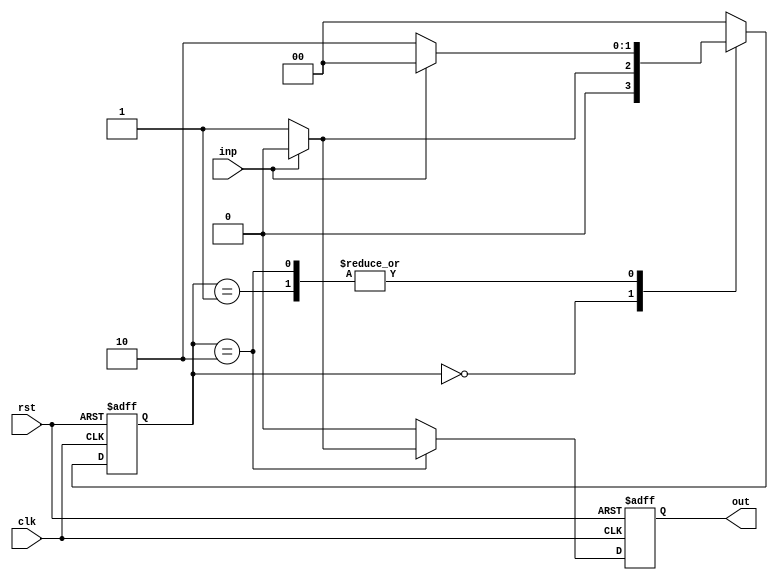
module mealy_ooo(clk,rst,inp,out);
    
    input clk, rst, inp;
    output out;

    reg[1:0] state;
    reg out;

    always @(posedge clk, posedge rst)

    begin
    if(rst)
        begin
            state <= 2'b00;
            out <= 0;
        end
    else
        begin
            case(state)
            2'b00:
                begin
                    if(inp)
                        begin
                            state <= 2'b00;
                            out <= 0;
                        end
                    else
                        begin
                            state <= 2'b01;
                            out <=0;
                        end
                end
            2'b01:
                begin
                    if(inp)
                        begin
                            state <= 2'b00;
                            out <= 0;
                        end
                    else
                        begin
                            state <= 2'b10;
                            out <= 0;
                        end
                end
            2'b10:
                begin
                    if(inp)
                        begin
                            state <= 2'b00;
                            out <= 0;
                        end
                    else
                        begin
                            state <= 2'b10;
                            out <= 1;
                        end
                    end
            default: 
                begin
                    state <= 2'b00;
                    out <= 	0;
                end
            endcase
        end
        end
endmodule
		


module fsm_testbench;

    reg  clk, rst, inp;
    wire out;
    wire[1:0] state;
    reg[15:0] sequence;
    integer i;

    mealy_ooo dut( clk, rst, inp, out);

    initial
    begin
    $dumpfile("vcd/Mealy000Sequence.vcd");
    $dumpvars(0,fsm_testbench);
    $monitor("State = ", state, " Input = ", inp, ", Output = ", out);
    
        clk = 0;
        rst = 1;
        sequence = 16'b0101011101111000;
        #5 rst = 0;

        for( i = 0; i <= 15; i = i + 1)
        begin
            inp = sequence[i];
            #2 clk = 1;
            #2 clk = 0;
            
        end
    
    end
endmodule